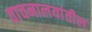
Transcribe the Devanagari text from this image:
वाचनालयांतील